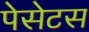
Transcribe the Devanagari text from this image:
पेसेटस